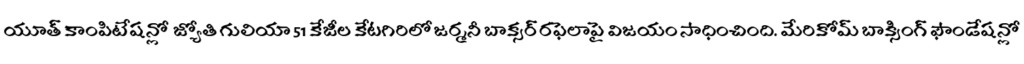
యూత్ కాంపిటేషన్లో జ్యోతి గులియా 51 కేజీల కేటగిరిలో జర్మనీ బాక్సర్ రఫెలాపై విజయం సాధించింది. మేరికోమ్ బాక్సింగ్ ఫౌండేషన్లో